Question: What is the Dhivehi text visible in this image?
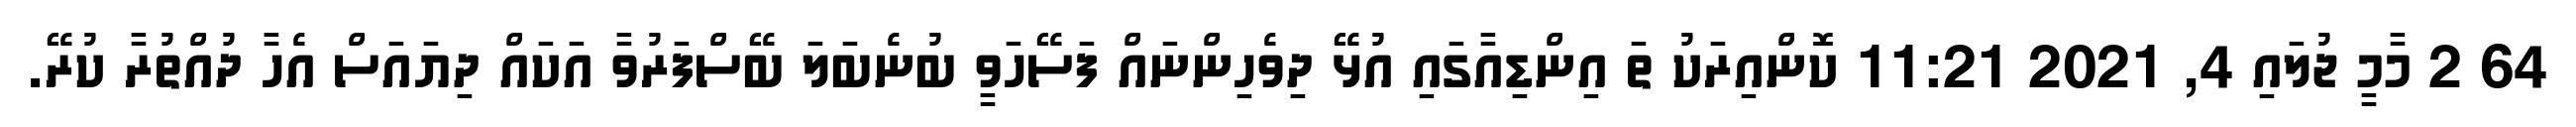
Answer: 64 2 މާމީ ޖުލައި 4, 2021 11:21 ކޮންއިރަކު ތަ އިންޑިއާގައި އުޅޭ ދިވެހިންނައް ފަސޭހަވީ ބުނެބަލަ ބޭސްފަރުވާ އަކައް ދިޔައަސް އެހާ ދުއްތުރާ ކުރޭ.